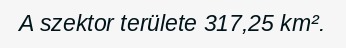
A szektor területe 317,25 km².